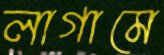
লাগামে